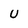
Character: U